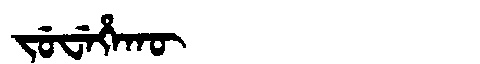
Manchu: ᠵᡠᠸᡝᡥᠠᡴᡡ
Romanization: JUWEHAKŪ